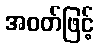
အဝတ်ဖြင့်